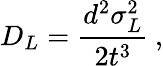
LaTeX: D_{L}=\frac{d^{2}\sigma_{L}^{2}}{2t^{3}}\: ,